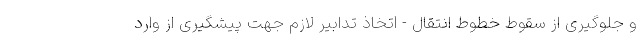
و جلوگیری از سقوط خطوط انتقال - اتخاذ تدابیر لازم جهت پیشگیری از وارد